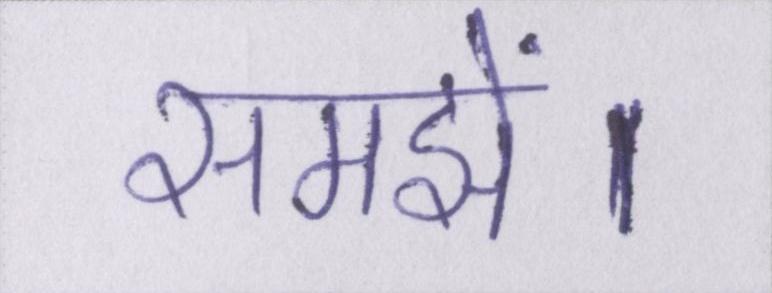
समझें।